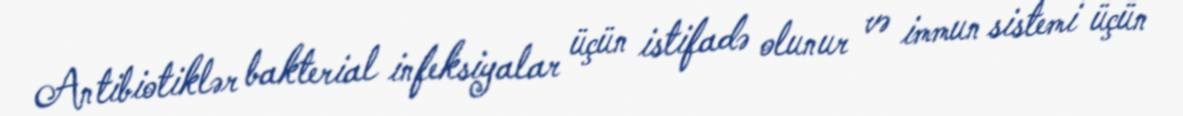
Antibiotiklər bakterial infeksiyalar üçün istifadə olunur və immun sistemi üçün